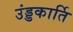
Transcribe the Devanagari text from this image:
उंड्डकार्ति